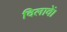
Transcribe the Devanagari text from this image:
दिलावें।